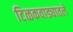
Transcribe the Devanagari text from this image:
टिळकवाड्यातले